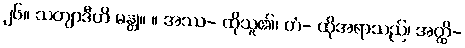
၂၆။ သတျာဒီဟိ မန္တု။ ။ အဿ- ထိုသူ၏၊ တံ- ထိုအရာသည်၊ အတ္ထိ-